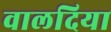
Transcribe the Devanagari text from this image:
वालदिया